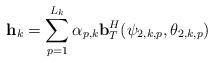
LaTeX: \begin{align*}\mathbf{h}_{k} = \sum_{p=1}^{L_{k}} \alpha_{p,k} \mathbf{b}_T^H(\psi_{2,k,p},\theta_{2,k,p}) \end{align*}